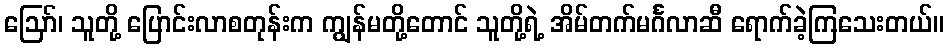
ဪ၊ သူတို့ ပြောင်းလာစတုန်းက ကျွန်မတို့တောင် သူတို့ရဲ့ အိမ်တက်မင်္ဂလာဆီ ရောက်ခဲ့ကြသေးတယ်။